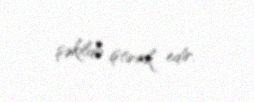
şəkildə iştirak edir.